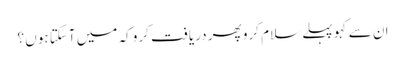
ان سے کہو پہلے سلام کرو پھر دریافت کرو کہ میں آسکتا ہوں ؟